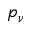
p _ { \nu }